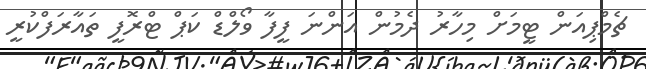
ޗެމްޕިއަން ޓީމަށް މިހާރު ދެމުން އަންނަ ފީފާ ވޯލްޑް ކަޕް ޓްރޮފީ ތައާރަފްކުރީ